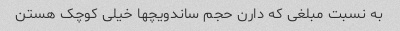
به نسبت مبلغی که دارن حجم ساندویچها خیلی کوچک هستن